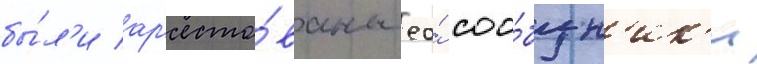
бы́л'и ар'есто́ваны ео́ соо́бщн'ик'и